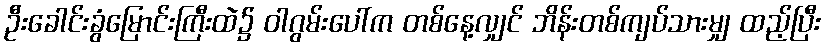
ဦးခေါင်းခွံမြောင်းကြီးထဲ၌ ဝါဂွမ်းပေါ်က တစ်နေ့လျှင် ဘိန်းတစ်ကျပ်သားမျှ ထည့်ပြီး